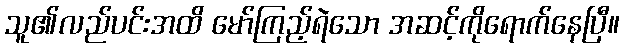
သူ၏လည်ပင်းအထိ မော်ကြည့်ရဲသော အဆင့်ကိုရောက်နေပြီ။